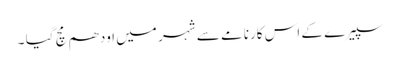
سپیرے کے اس کارنامے سے شہر میں اودھم مچ گیا ۔